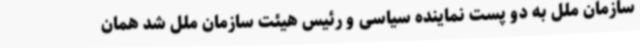
سازمان ملل به دو پست نماینده سیاسی و رئیس هیئت سازمان ملل شد همان